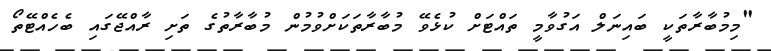
"މިމުބާރާތަކީ ބައިނަލް އަގުވާމީ ތައްޓަށް ކުޅެވޭ މުބާރާތަކަށްވުމުން މުބާރާތުގެ ތަށި ރާއްޖޭގައި ބެހެއްޓޭތޯ